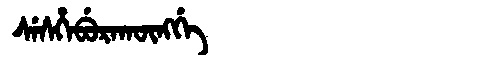
Manchu: ᠰᡝᠰᡥᡝᠪᡠᡵᠠᡴᡡᠩᡤᡝ
Romanization: SESHEBURAKŪNGGE